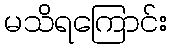
မသိရကြောင်း